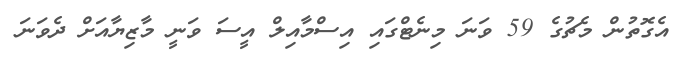
އެގޮތުން މެޗުގެ 59 ވަނަ މިނެޓްގައި އިސްމާއިލް އީސަ ވަނީ މާޒިޔާއަށް ދެވަނަ